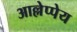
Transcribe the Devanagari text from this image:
आल्लेप्पेय